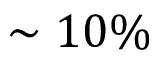
\sim 1 0 \%